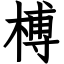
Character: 榑